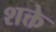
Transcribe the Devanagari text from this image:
शक्ते